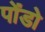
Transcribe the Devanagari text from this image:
पोंडो